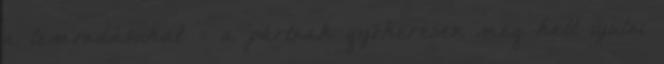
a lemondásukat – a pártnak gyökeresen meg kell újulni